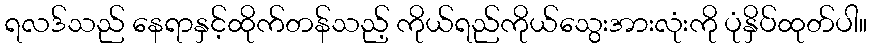
ရလဒ်သည် နေရာနှင့်ထိုက်တန်သည့် ကိုယ်ရည်ကိုယ်သွေးအားလုံးကို ပုံနှိပ်ထုတ်ပါ။